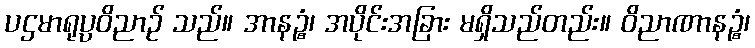
ပဌမာရုပ္ပဝိညာဉ် သည်။ အာနဉ္စံ၊ အပိုင်းအခြား မရှိသည်တည်း။ ဝိညာဏာနဉ္စံ၊